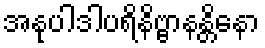
အနုပါဒါပရိနိဗ္ဗာနန္တိနော